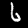
Label: 6